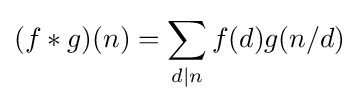
(f\ast g)(n)=\sum _{d|n}f(d)g(n/d)